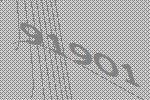
91901